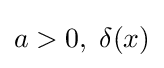
a>0,\;\delta (x)